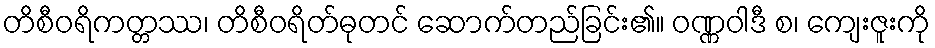
တိစီဝရိကတ္တဿ၊ တိစီဝရိတ်ဓုတင် ဆောက်တည်ခြင်း၏။ ဝဏ္ဏဝါဒီ စ၊ ကျေးဇူးကို